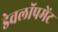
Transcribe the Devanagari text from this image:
डेवलॉपमेंट